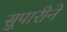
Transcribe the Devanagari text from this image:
सुपारीने